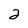
Character: 2